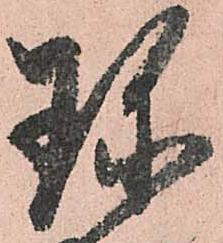
珍